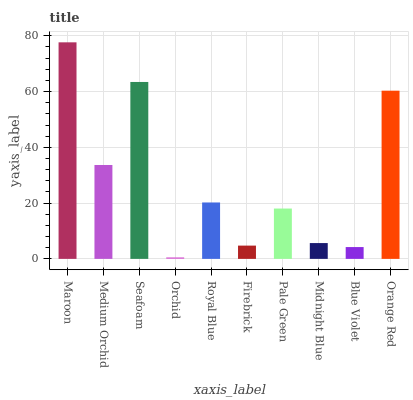
| xaxis_label | bars |
 | --- | --- |
 | Maroon | 77.6 |
 | Medium Orchid | 33.7 |
 | Seafoam | 63.4 |
 | Orchid | 0.557 |
 | Royal Blue | 20.2 |
 | Firebrick | 4.76 |
 | Pale Green | 18.1 |
 | Midnight Blue | 5.67 |
 | Blue Violet | 4.24 |
 | Orange Red | 60.3 |